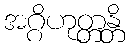
အဂ္ဂိဟုတ္တန္တိ